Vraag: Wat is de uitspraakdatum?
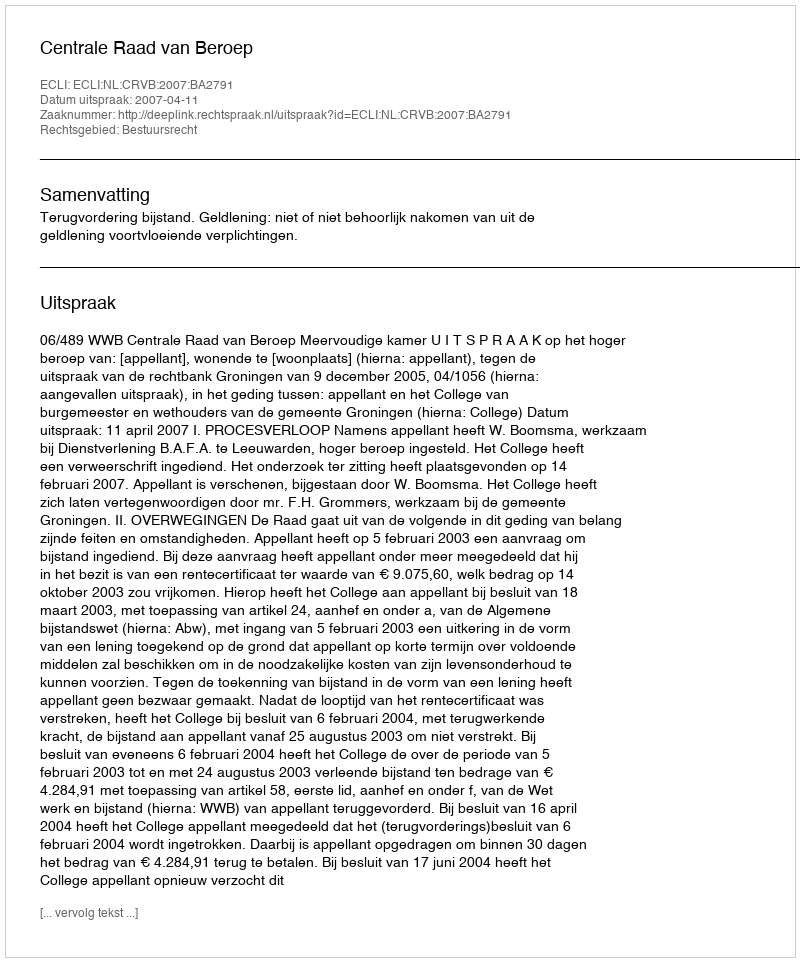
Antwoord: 2007-04-11